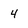
Character: 4